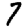
Digit: 7